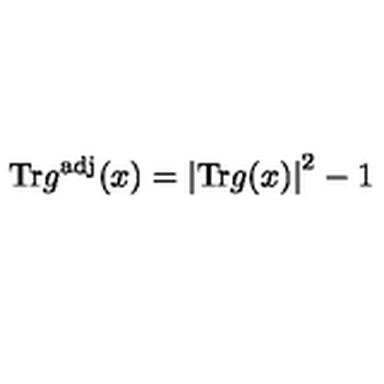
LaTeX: \mathrm { T r } g ^ { \mathrm { a d j } } ( x ) = \left| \mathrm { T r } g ( x ) \right| ^ { 2 } - 1